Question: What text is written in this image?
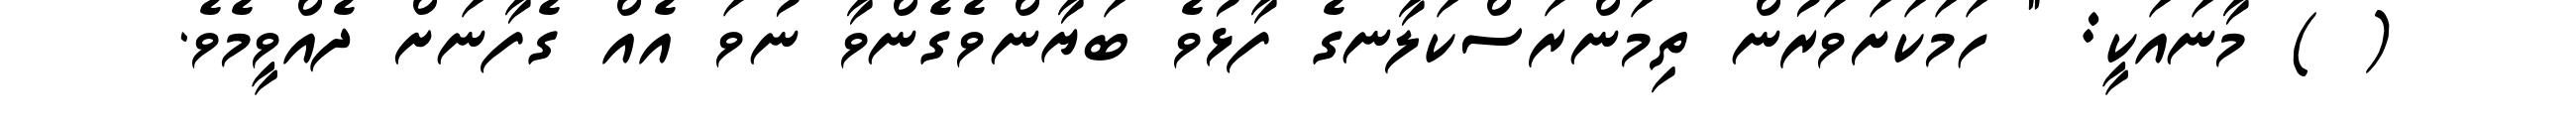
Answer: ( ) މާނައަކީ: " ހަމަކަށަވަރުން ތިމަންރަސްކަލާނގެ ފާޅުވެ ބަޔާންވެގެންވާ ނުވަ އެއް ގެފާނަށް ދެއްވީމެވެ.